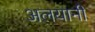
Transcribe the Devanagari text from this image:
अलयानी